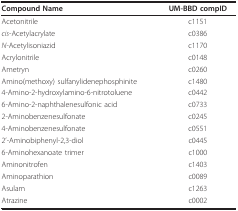
| Compound Name | UM-BBD compID |
 | --- | --- |
 | Acetonitrile | c1151 |
 | cis-Acetylacrylate | c0386 |
 | N-Acetylisoniazid | c1170 |
 | Acrylonitrile | c0148 |
 | Ametryn | c0260 |
 | Amino(methoxy) sulfanylidenephosphinite | c1480 |
 | 4-Amino-2-hydroxylamino-6-nitrotoluene | c0442 |
 | 6-Amino-2-naphthalenesulfonic acid | c0733 |
 | 2-Aminobenzenesulfonate | c0245 |
 | 4-Aminobenzenesulfonate | c0551 |
 | 2'-Aminobiphenyl-2,3-diol | c0445 |
 | 6-Aminohexanoate trimer | c1000 |
 | Aminonitrofen | c1403 |
 | Aminoparathion | c0089 |
 | Asulam | c1263 |
 | Atrazine | c0002 |